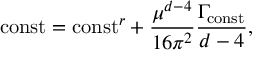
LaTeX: { \mathrm { c o n s t } } = { \mathrm { c o n s t } } ^ { r } + \frac { \mu ^ { d - 4 } } { 1 6 \pi ^ { 2 } } \frac { \Gamma _ { \mathrm { c o n s t } } } { d - 4 } ,